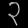
Digit: ၃